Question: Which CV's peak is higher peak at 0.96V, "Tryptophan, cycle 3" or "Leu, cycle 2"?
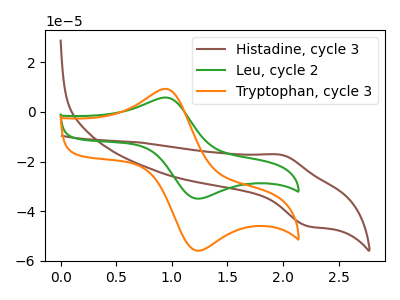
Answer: <think>The brown curve "Histadine, cycle 3" has an anodic peak at (2.00V, -17.25uA) and a cathodic peak at (2.20V, -45.95uA). The green curve "Leu, cycle 2" has an anodic peak at (0.95V, 5.75uA) and a cathodic peak at (1.25V, -34.95uA). The orange curve "Tryptophan, cycle 3" has an anodic peak at (0.95V, 9.20uA) and a cathodic peak at (1.25V, -55.90uA).</think>
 <answer>The peak at 0.96V is higher in "Tryptophan, cycle 3" than in "Leu, cycle 2".</answer>
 <eval>higher</eval>